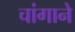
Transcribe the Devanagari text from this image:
चांगाने